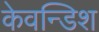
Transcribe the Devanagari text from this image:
केवन्डिश